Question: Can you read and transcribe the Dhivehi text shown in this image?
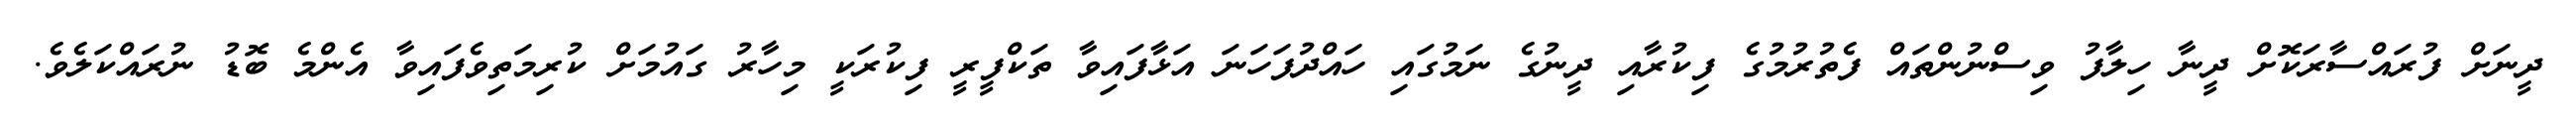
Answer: ދީނަށް ފުރައްސާރަކޮށް ދީނާ ހިލާފު ވިސްނުންތައް ފެތުރުމުގެ ފިކުރާއި ދީނުގެ ނަމުގައި ހައްދުފަހަނަ އަޅާފައިވާ ތަކްފީރީ ފިކުރަކީ މިހާރު ގައުމަށް ކުރިމަތިވެފައިވާ އެންމެ ބޮޑު ނުރައްކަލެވެ.